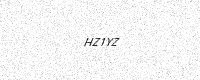
Text: HZ1YZ